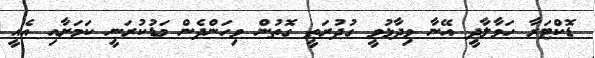
ޑޮކްޓަރާ ހަވާލާދީ އޭނާ ވިދާޅުވީ ގުދުރަތީ ގޮތުން ވިހަންދެން މަޑުކުރަނީ ކަމަށާއި އެއީ